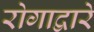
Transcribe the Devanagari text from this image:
रोगाद्वारे